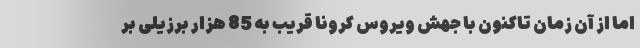
اما از آن زمان تاکنون با جهش ویروس کرونا قریب به 85 هزار برزیلی بر